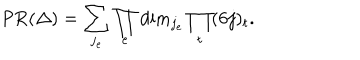
LaTeX: \mathrm { P R } ( \Delta ) = \sum _ { j _ { e } } \prod _ { e } \mathrm { d i m } _ { j _ { e } } \prod _ { t } ( 6 j ) _ { t } .